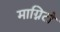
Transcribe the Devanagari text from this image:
माग्निटो